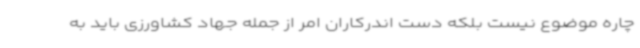
چاره موضوع نیست بلکه دست اندرکاران امر از جمله جهاد کشاورزی باید به